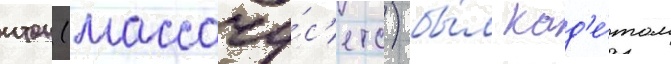
итон (массачу́с'етс) бы́л кад'е́том